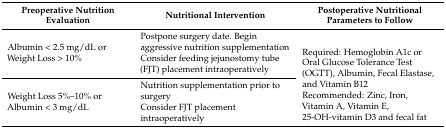
| Preoperative Nutrition Evaluation | Nutritional Intervention | Postoperative Nutritional Parameters to Follow |
 | --- | --- | --- |
 | Albumin < 2.5 mg/dL or Weight Loss > 10% | Postpone surgery date. Begin aggressive nutrition supplementation Consider feeding jejunostomy tube (FJT) placement intraoperatively | <ROWSPAN=2> Required: Hemoglobin A1c or Oral Glucose Tolerance Test (OGTT), Albumin, Fecal Elastase, and Vitamin B12 Recommended: Zinc, Iron, Vitamin A, Vitamin E, 25-OH-vitamin D3 and fecal fat |
 | Weight Loss 5%–10% or Albumin < 3 mg/dL | Nutrition supplementation prior to surgery Consider FJT placement intraoperatively |